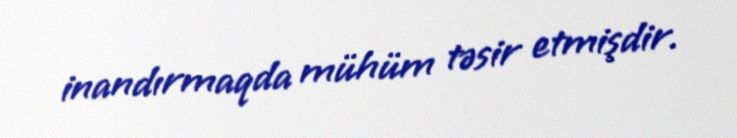
inandırmaqda mühüm təsir etmişdir.